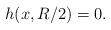
LaTeX: \begin{align*}h(x,R/2)=0.\end{align*}